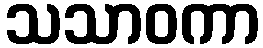
သသာဝကာ